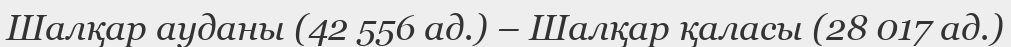
Шалқар ауданы (42 556 ад.) – Шалқар қаласы (28 017 ад.)